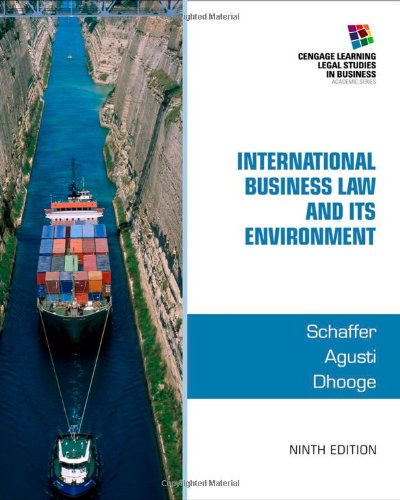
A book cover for International Business Law and Its Environment; Richard Schaffer; Law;